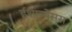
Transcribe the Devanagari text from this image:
ईशान्येसस